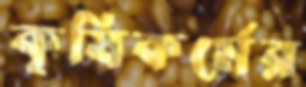
কৃষিকর্মের